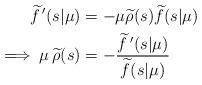
LaTeX: \begin{align*}\widetilde f\,^\prime(s|\mu) &= -\mu\widetilde\rho(s)\widetilde f(s|\mu) \\\implies\mu\,\widetilde\rho(s) &= - \frac{\widetilde f\,^\prime(s|\mu)}{\widetilde f(s|\mu)} \end{align*}